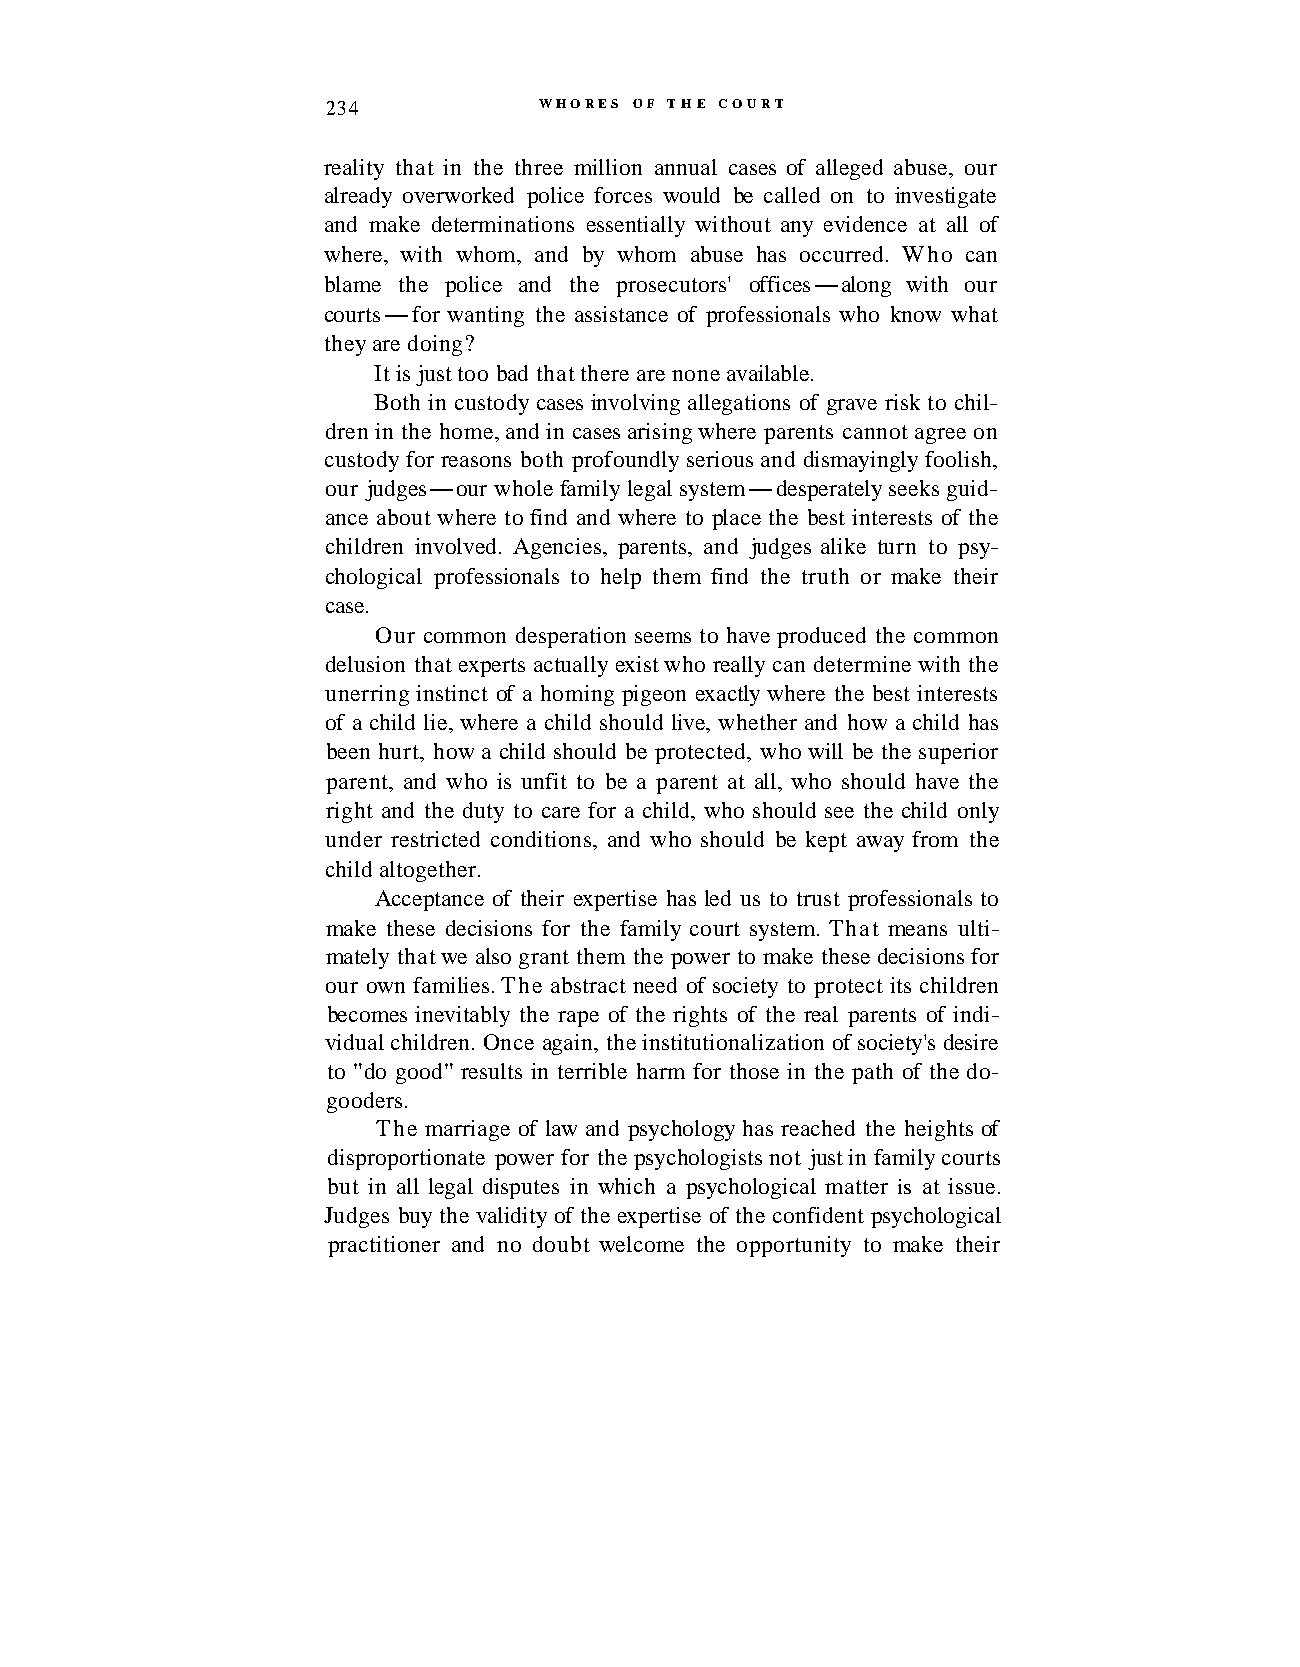
234           WHORES OF THE COURT
 reality that in the three million annual cases of alleged abuse, our
 already overworked police forces would be called on to investigate
 and make determinations essentially without any evidence at all of
 where, with whom, and by whom abuse has occurred. Who can
 blame the police and the prosecutors' offices-along with our
 courts-for wanting the assistance of professionals who know what
 they are doing?
 It is just too bad that there are none available.
 Both in custody cases involving allegations of grave risk to chil-
 dren in the home, and in cases arising where parents cannot agree on
 custody for reasons both profoundly serious and dismayingly foolish,
 our judges-our whole family legal system-desperately seeks guid-
 ance about where to find and where to place the best interests of the
 children involved. Agencies, parents, and judges alike turn to psy-
 chological professionals to help them find the truth or make their
 case.
 Our common desperation seems to have produced the common
 delusion that experts actually exist who really can determine with the
 unerring instinct of a homing pigeon exactly where the best interests
 of a child lie, where a child should live, whether and how a child has
 been hurt, how a child should be protected, who will be the superior
 parent, and who is unfit to be a parent at all, who should have the
 right and the duty to care for a child, who should see the child only
 under restricted conditions, and who should be kept away from the
 child altogether.
 Acceptance of their expertise has led us to trust professionals to
 make these decisions for the family court system. That means ulti-
 mately that we also grant them the power to make these decisions for
 our own families. The abstract need of society to protect its children
 becomes inevitably the rape of the rights of the real parents of indi-
 vidual children. Once again, the institutionalization of society's desire
 to "do good" results in terrible harm for those in the path of the do-
 gooders.
 The marriage of law and psychology has reached the heights of
 disproportionate power for the psychologists not just in family courts
 but in all legal disputes in which a psychological matter is at issue.
 Judges buy the validity of the expertise of the confident psychological
 practitioner and no doubt welcome the opportunity to make their